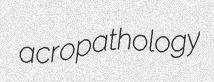
acropathology